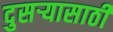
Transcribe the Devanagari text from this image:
दुसऱ्यासाठी